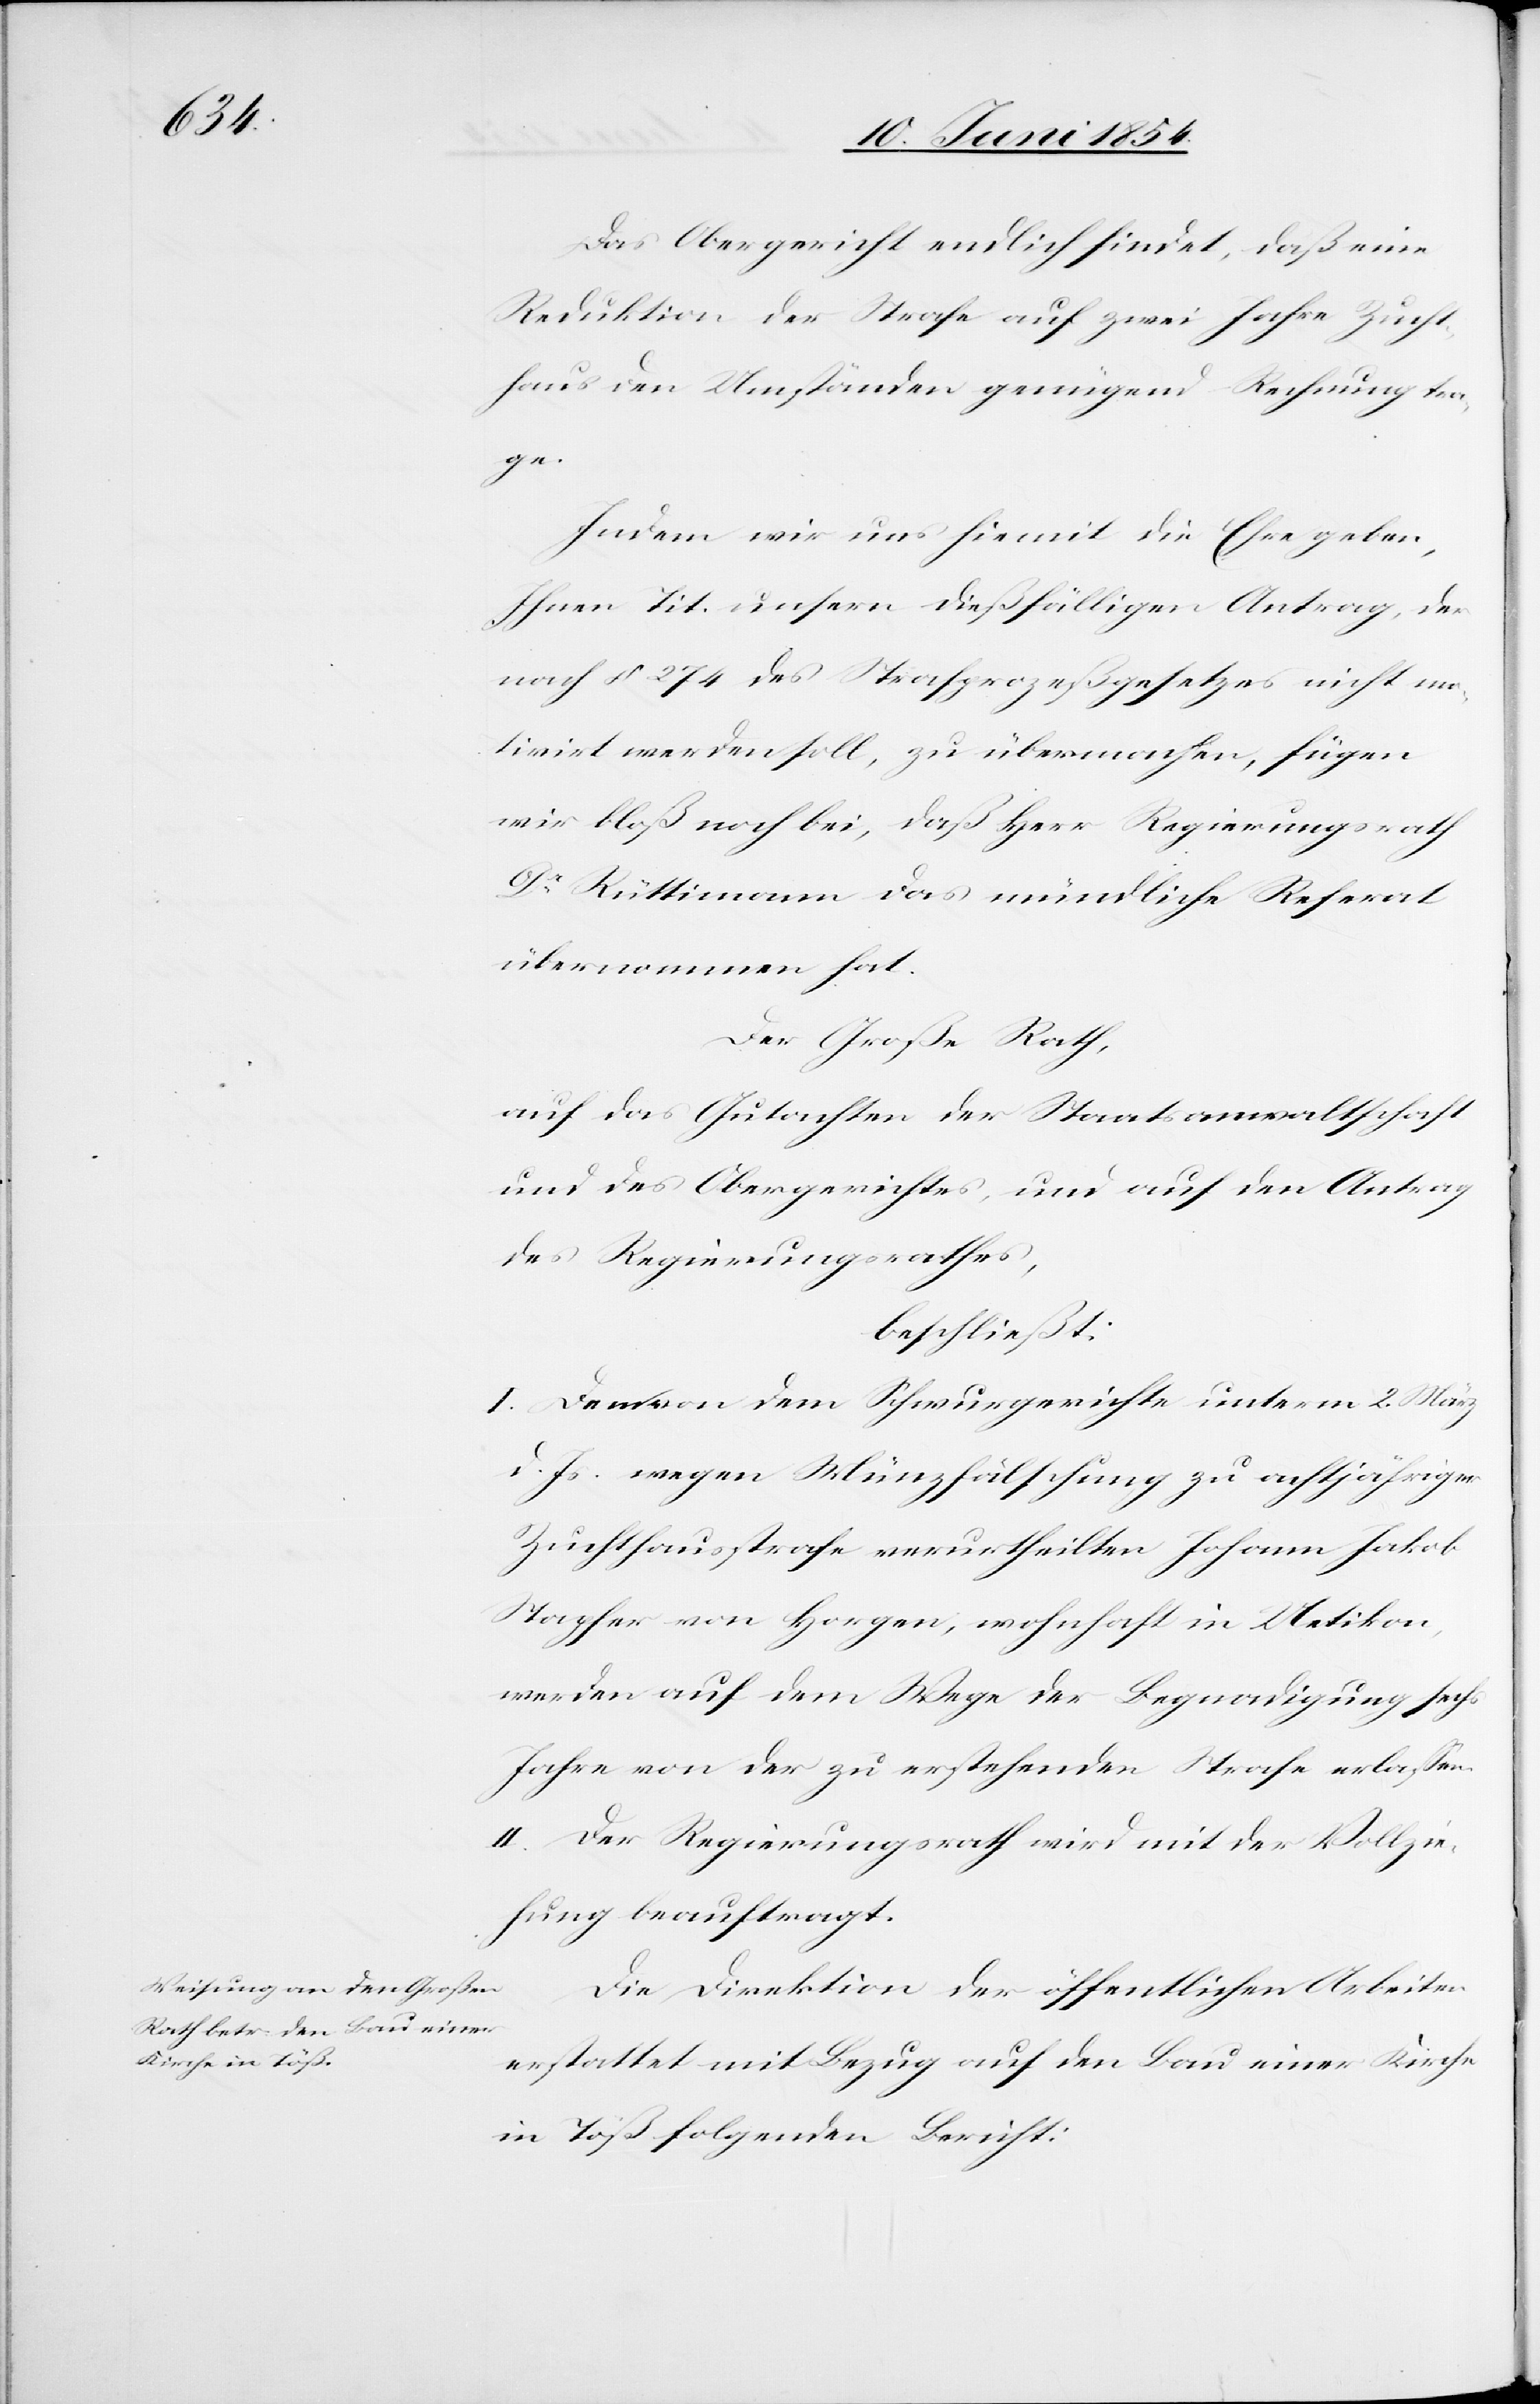
Das Obergericht endlich findet, daß eine
Reduktion der Strafe auf zwei Jahre Zucht¬
haus den Umständen genügend Rechnung tra¬
ge.
Indem wir uns hiemit die Ehre geben,
Ihnen Tit. unsern dießfälligen Antrag, der
nach § 274 des Strafprozeßgesetzes nicht mo¬
tivirt werden soll, zu übermachen, fügen
wir bloß noch bei, daß Herr Regierungsrath
Dr Rüttimann das mündliche Referat
übernommen hat.
Der Große Rath,
auf das Gutachten der Staatsanwaltschaft
und des Obergerichtes, und auf den Antrag
des Regierungsrathes,
beschließt:
I. Dem von dem Schwurgerichte unterm 2. März
d. Js. wegen Münzfälschung zu achtjähriger
Zuchthausstrafe verurtheilten Johann Jakob
Stapfer von Horgen, wohnhaft in Uetikon,
werden auf dem Wege der Begnadigung sechs
Jahre von der zu erstehenden Strafe erlaßen.
II. Der Regierungsrath wird mit der Vollzie¬
hung beauftragt.
Die Direktion der öffentlichen Arbeiten
erstattet mit Bezug auf den Bau einer Kirche
in Töß folgenden Bericht: